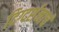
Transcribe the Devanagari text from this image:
दिग्दर्शनाचं